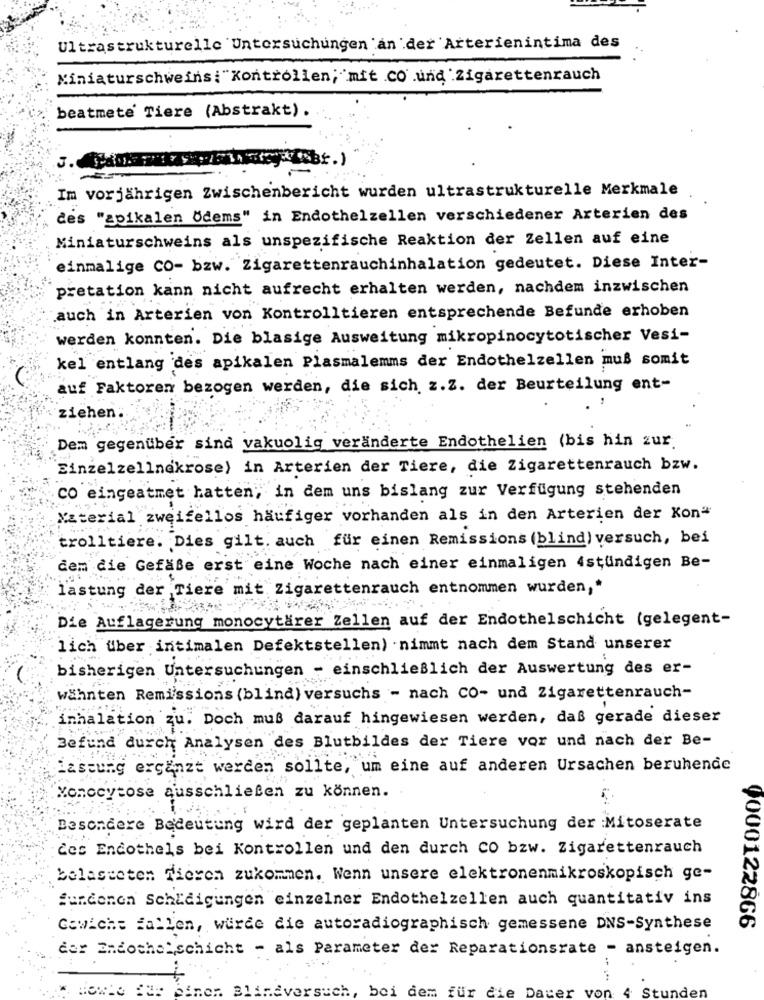
Ultrastrukturelle Untersuchungen an der Arterienintima des
Miniaturschweins:"Kontrollen; mit .CO .und .Zigarettenrauch
beatmete Tiere (Abstrakt).
3.
Im vorjährigen Zwischenbericht wurden ultrastrukturelle Merkmale
des "goikalen Ödems" in Endothelzellen verschiedener Arterien des
Miniaturschweins als unspezifische Reaktion der Zellen auf eine
einmalige CO- bzw. Zigarettenrauchinhalation gedeutet. Diese Inter-
pretation kann nicht aufrecht erhalten werden, nachdem inzwischen
auch in Arterien von Kontrolltieren entsprechende Befunde erhoben
werden konnten. Die blasige Ausweitung mikropinocytotischer Vesi-
kel entlang des apikalen Plasmalemms der Endothelzellen muß somit
auf Faktoren bezogen werden, die sich z.Z. der Beurteilung ent-
ziehen:
Dem gegenüber sind vakuolig veränderte Endothelien (bis hin zur.
Einzelzellnakrose) in Arterien der Tiere, die Zigarettenrauch bzw.
CO eingeatmet hatten, in dem uns bislang zur Verfügung stehenden
Xaterial zweifellos häufiger vorhanden als in den Arterien der Kon"
trolltiere. Dies gilt. auch für einen Remissions (blind) versuch, bei
dem die Gefäße erst eine Woche nach einer einmaligen 4stündigen Be-
lastung der Tiere mit Zigarettenrauch entnommen wurden,"
Die Auflagerung monocytärer Zellen auf der Endothelschicht (gelegent-
lich über intimalen Defektstellen) . nimmt nach dem Stand unserer
bisherigen Untersuchungen - einschließlich der Auswertung des er-
wähnten Remissions (blind) versuchs - nach CO- und Zigarettenrauch-
inhalation zu. Doch muß darauf hingewiesen werden, daß gerade dieser
Befund durch Analysen des Blutbildes der Tiere vor und nach der Be-
lastung ergänzt werden sollte, um eine auf anderen Ursachen beruhende
Monocytose ausschließen zu können.
Besondere Bedeutung wird der geplanten Untersuchung der :Mitoserate
Ces Endothels bei Kontrollen und den durch CO bzw. Zigarettenrauch
belasteten Tieren zukommen, Wenn unsere elektronenmikroskopisch ge-
fundonon Schädigungen einzelner Endothelzellen auch quantitativ ins
Gewicht fallen, wurde die autoradiographisch gemessene DNS-Synthese
0000122866
der Endothe schicht - als Parameter der Reparationsrate - ansteigen.
never
bei dem für
He
Da:
von 4 Stu
den